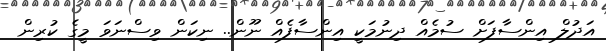
އަދުލް އިންސާފަށް ސުމެއް ދިނުމަކީ އިންސާފެއް ނޫން.. ނިކަން ވިސްނަވަ މީގެ ކުރިން